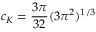
c _ { K } = \frac { 3 \pi } { 3 2 } ( 3 \pi ^ { 2 } ) ^ { 1 / 3 }